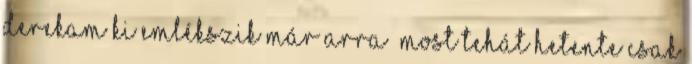
Derekam Ki emlékszik már arra Most tehát hetente csak